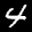
Label: 4